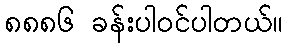
၈၈၈၆ ခန်းပါဝင်ပါတယ်။